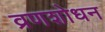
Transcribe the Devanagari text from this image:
व्रणशोधन